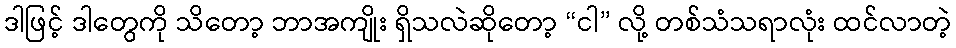
ဒါဖြင့် ဒါတွေကို သိတော့ ဘာအကျိုး ရှိသလဲဆိုတော့ “ငါ” လို့ တစ်သံသရာလုံး ထင်လာတဲ့